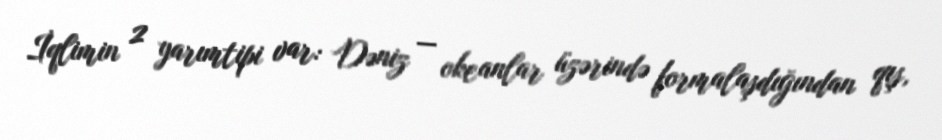
İqlimin 2 yarımtipi var: Dəniz — okeanlar üzərində formalaşdığından qış,